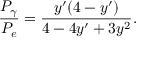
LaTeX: { \frac { P _ { \gamma } } { P _ { e } } } = { \frac { y ^ { \prime } ( 4 - y ^ { \prime } ) } { 4 - 4 y ^ { \prime } + 3 y ^ { 2 } } } .